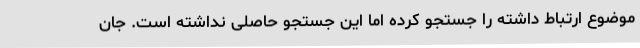
موضوع ارتباط داشته را جستجو کرده اما این جستجو حاصلی نداشته است. جان